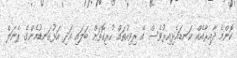
ކޮންމެ ދާއިރާއެއް ކަނޑައެޅިއިރުވެސް އެ ރިވިއުތައް ހުރިގޮތަށް ބަލައި އަދި އަޅުގަނޑުމެންގެ ޕެނަލް